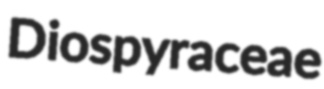
Diospyraceae